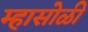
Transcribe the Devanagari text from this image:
म्हासोळी